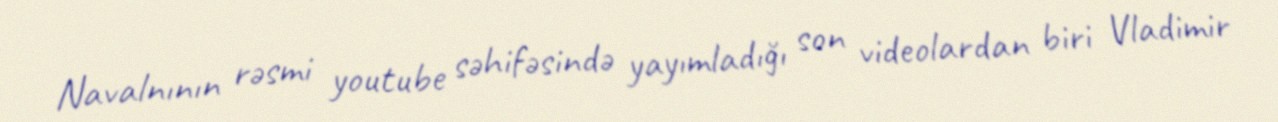
Navalnının rəsmi youtube səhifəsində yayımladığı son videolardan biri Vladimir